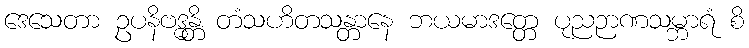
ဒေသေတာ ဥပနိဗဒ္ဓန္တိ တံသဟိတသန္တာနေ ဘယမာဒတ္တေ ပုညဉာဏသမ္ဘာရံ စိ